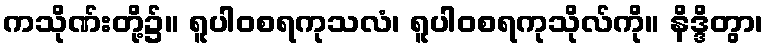
ကသိုဏ်းတို့၌။ ရူပါဝစရကုသလံ၊ ရူပါဝစရကုသိုလ်ကို။ နိဒ္ဒိတွာ၊